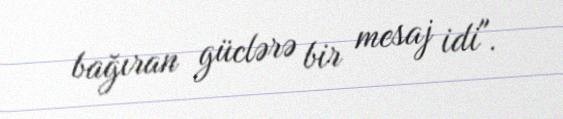
bağıran güclərə bir mesaj idi".